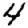
Digit: 4